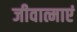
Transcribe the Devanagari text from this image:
जीवात्माएं